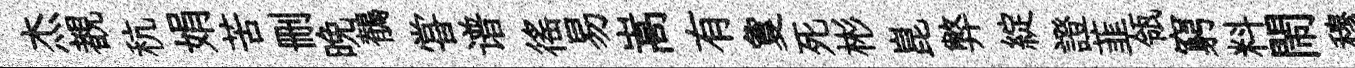
杰覩秔娟苦删晩鶺甞谱徭易嵩有夐死彬崑弊綻證韮瓴窮料閙穆